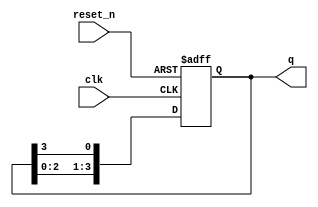
module async_ring_counter(
    input wire clk,          // Clock input (for triggering state change)
    input wire reset_n,     // Active low asynchronous reset
    output reg [N-1:0] q    // Output of the ring counter
);
    parameter N = 4;        // Number of flip-flops (bits in the counter)

    // Initial state for the counter
    initial begin
        q = 4'b0001;        // Starting state (e.g., for N=4, initial state is 0001)
    end

    // Asynchronous reset and state transition logic
    always @(posedge clk or negedge reset_n) begin
        if (!reset_n) begin
            q <= 4'b0001;   // Reset to initial state
        end else begin
            // Shift the '1' around the ring
            q <= {q[N-2:0], q[N-1]}; // Shift left and wrap around
        end
    end
endmodule